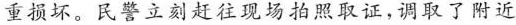
重损坏。民警立刻赶往现场拍照取证，调取了附近